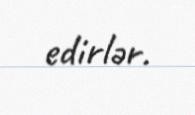
edirlər.